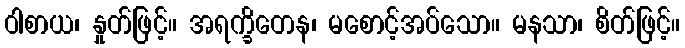
ဝါစာယ၊ နှုတ်ဖြင့်။ အရက္ခိတေန၊ မစောင့်အပ်သော။ မနသာ၊ စိတ်ဖြင့်။